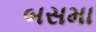
બસમા